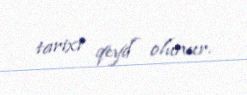
tarixi qeyd olunur.